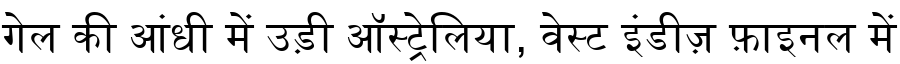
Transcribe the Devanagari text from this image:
गेल की आंधी में उड़ी ऑस्ट्रेलिया, वेस्ट इंडीज़ फ़ाइनल में